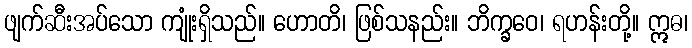
ဖျက်ဆီးအပ်သော ကျုံးရှိသည်။ ဟောတိ၊ ဖြစ်သနည်း။ ဘိက္ခဝေ၊ ရဟန်းတို့။ ဣဓ၊